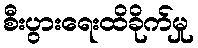
စီးပွားရေးထိခိုက်မှု